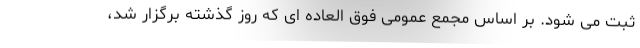
ثبت می شود. بر اساس مجمع عمومی فوق العاده ای که روز گذشته برگزار شد،